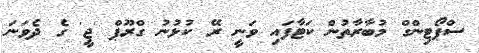
ސްޕޯޓިންގް މުބާރާތުން ކަޓާފައި ވަނީ ރޭ ކުޅުނު ގްރޫޕް 'ޖީ' ގެ ދެވަނަ